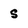
Character: s